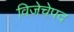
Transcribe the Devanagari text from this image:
विजेचेपद